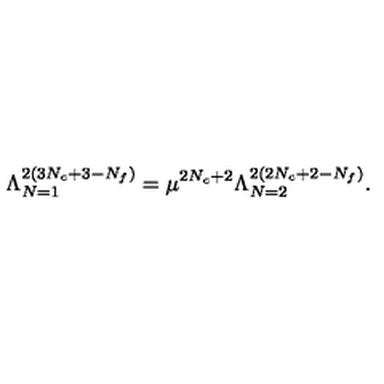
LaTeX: \Lambda _ { N = 1 } ^ { 2 ( 3 N _ { c } + 3 - N _ { f } ) } = \mu ^ { 2 N _ { c } + 2 } \Lambda _ { N = 2 } ^ { 2 ( 2 N _ { c } + 2 - N _ { f } ) } .